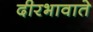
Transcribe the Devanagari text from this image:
दीरभावाते